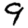
Digit: 9